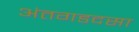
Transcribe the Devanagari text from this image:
अंतगडदसा